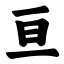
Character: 亘